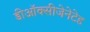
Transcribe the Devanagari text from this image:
डीऑक्सीजेनेटेड